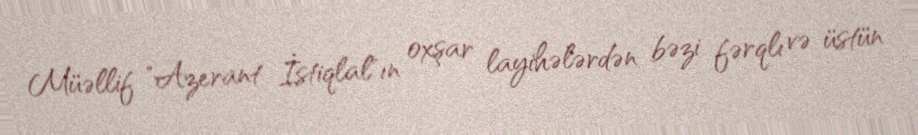
Müəllif "Azerant İstiqlal"ın oxşar layihələrdən bəzi fərqlı və üstün